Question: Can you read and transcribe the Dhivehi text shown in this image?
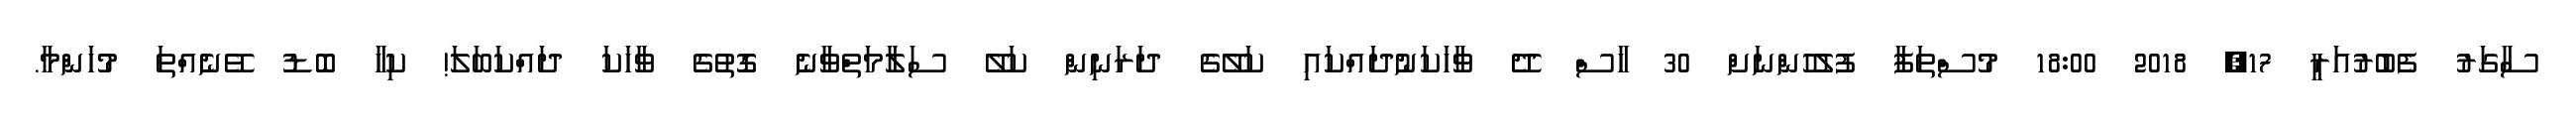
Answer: ސާގަރު ފެބުރުއަރީ 17, 2018 18:00 މުސްތަފާ ފުލުހުންނަށް 30 ހާސް ދޭ ވާހަކަނުދައްކައި ކަލޭގެ ދަރަނިން ކަލޭ ސަލާމަތްވާނެ ގޮތުގެ ވާހަކަ ދައްކަބަލަ! ކިހާ ބޮޑު ވޭނެއްތަ މުހަންމާ.